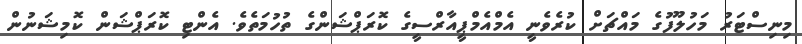
މިނިސްޓަރު މަހުލޫފުގެ މައްޗަށް ކުރެވެނީ އެމްއެމްޕީއާރްސީގެ ކޮރަޕްޝަންގެ ތުހުމަތެވެ. އެންޓި ކޮރަޕްޝަން ކޮމިޝަނުން